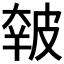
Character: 𰤭